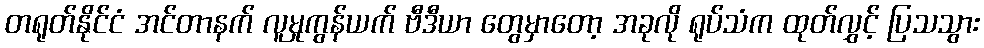
တရုတ်နိုင်ငံ အင်တာနက် လူမှုကွန်ယက် ဗီဒီယာ တွေမှာတော့ အခုလို ရုပ်သံက ထုတ်လွှင့် ပြသသွား